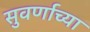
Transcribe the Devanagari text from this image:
सुवर्णाच्या